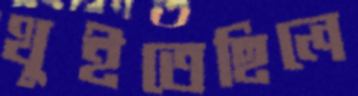
থুইতেছিলে